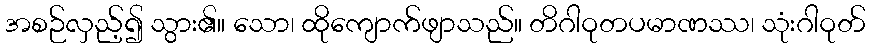
အစဉ်လှည့်၍ သွား၏။ သော၊ ထိုကျောက်ဖျာသည်။ တိဂါဝုတပမာဏဿ၊ သုံးဂါဝုတ်